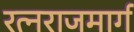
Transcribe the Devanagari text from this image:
रत्नराजमार्ग